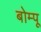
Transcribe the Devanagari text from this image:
बोम्पू